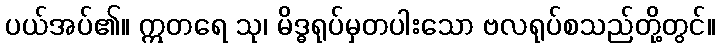
ပယ်အပ်၏။ ဣတရေ သု၊ မိဒ္ဓရုပ်မှတပါးသော ဗလရုပ်စသည်တို့တွင်။